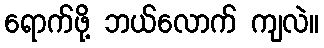
ရောက်ဖို့ ဘယ်လောက် ကျလဲ။